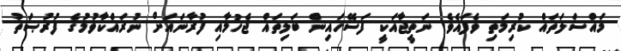
މައްސަލަތައް ކުރިމަތި ވެފައެވެ. ނަތީޖާއަކީ ފަސޭހައިން ބަލިތައް ޖެހުމާއި ފުރާނައަށް ނުރައްކާވުމުގެ ފުރުޞަތު